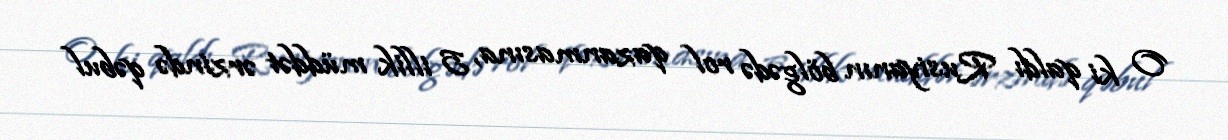
O ki qaldı Rusiyanın bölgədə rol qazanmasına, 5 illik müddət ərzində qəbul